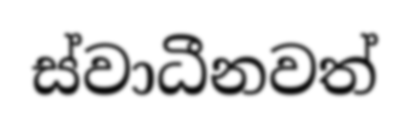
ස්වාධීනවත්